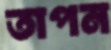
তাপন